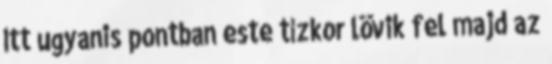
Itt ugyanis pontban este tízkor lövik fel majd az